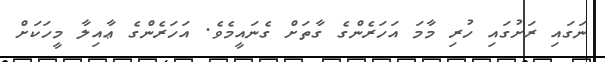
ނަގައި ރަށުގައި ހުރި މާމަ އަހަރެންގެ ގާތަށް ގެނައީމެވެ. އަހަރެންގެ ޢާއިލާ މީހަކަށް